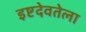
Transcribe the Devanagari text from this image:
इष्टदेवतेला